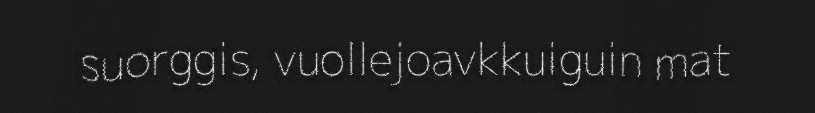
suorggis, vuollejoavkkuiguin mat